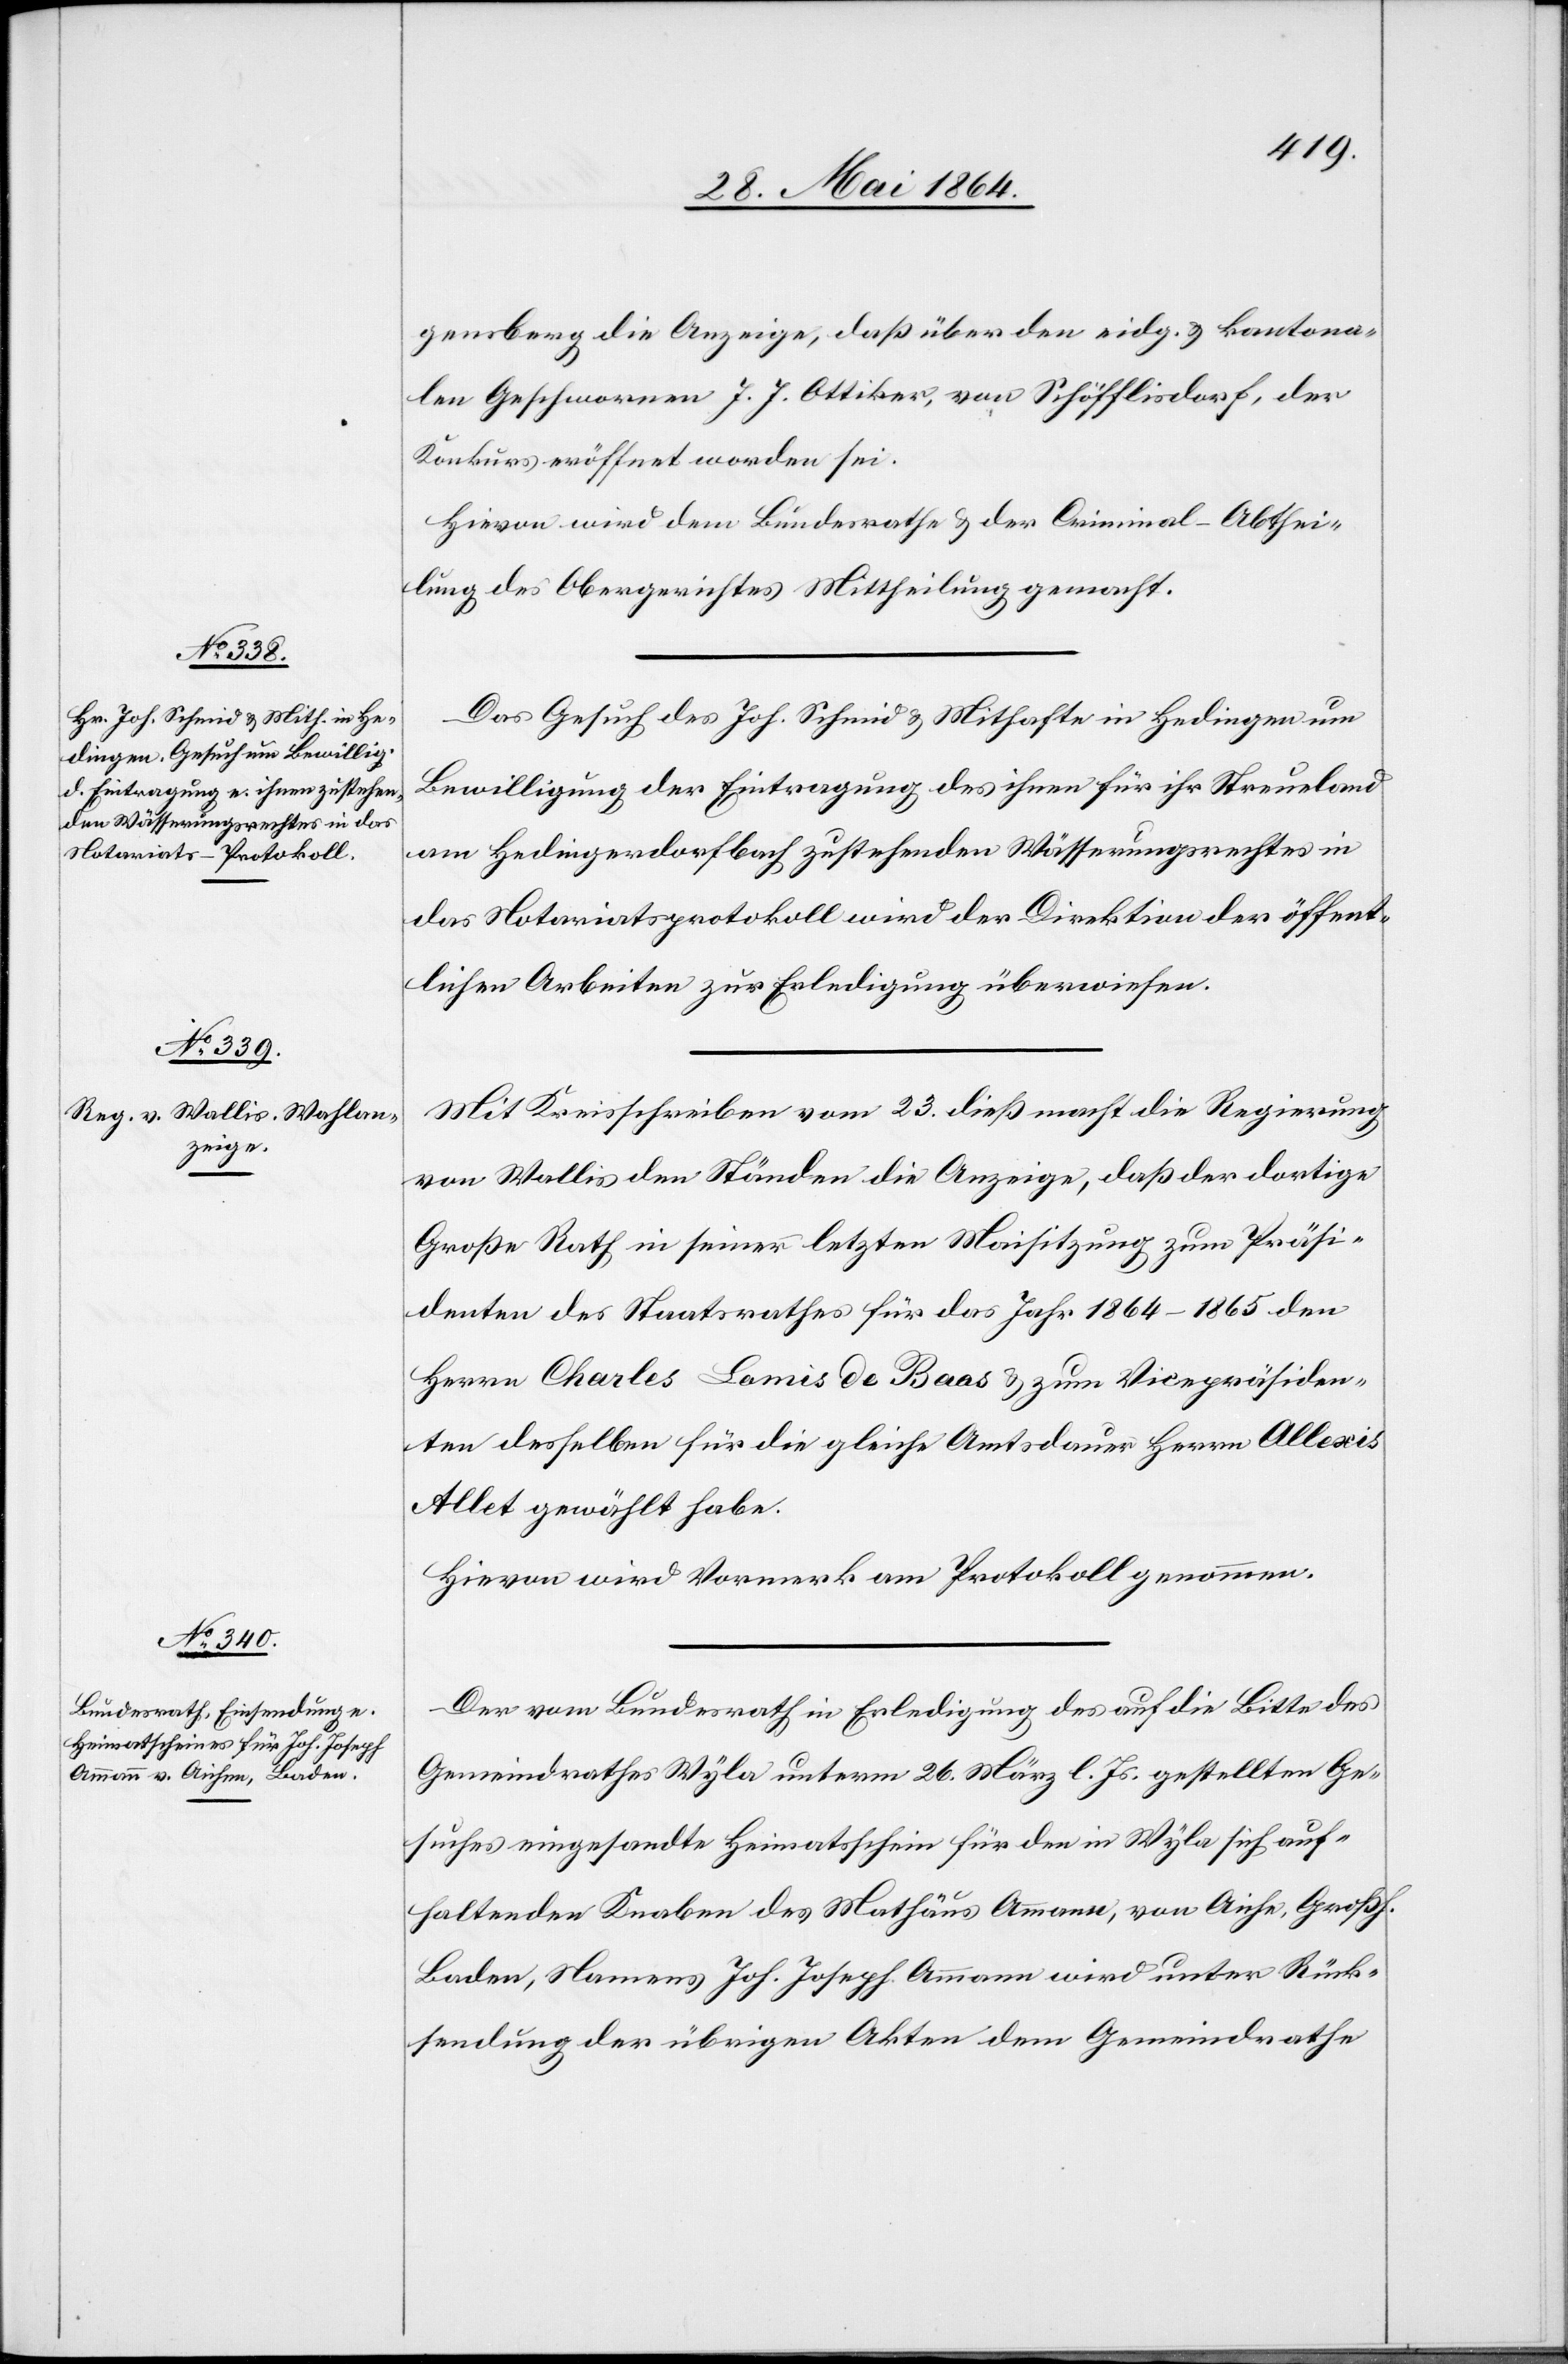
gensberg die Anzeige, daß über den eidg. u. kantona¬
len Geschwornen J. J. Ottiker, von Schöfflisdorf, der
Konkurs eröffnet worden sei.
Hievon wird dem Bundesrathe u. der Criminal-Abthei¬
lung des Obergerichtes Mittheilung gemacht.
Das Gesuch des Joh. Schmid u. Mithafte in Hedingen um
Bewilligung der Eintragung des ihnen für ihr Streueland
am Hedingerdorfbach zustehenden Wässerungsrechtes in
das Notariatsprotokoll wird der Direktion der öffent¬
lichen Arbeiten zur Erledigung überwiesen.
Mit Kreisschreiben vom 23. dieß macht die Regierung
von Wallis den Ständen die Anzeige, daß der dortige
Große Rath in seiner letzten Maisitzung zum Präsi¬
denten des Staatsrathes für das Jahr 1864–1865 den
Herrn Charles Lamis de Baas u. zum Vicepräsiden¬
ten desselben für die gleiche Amtsdauer Herrn Allexis
Allet gewählt habe.
Hievon wird Vormerk am Protokoll genommen.
Der vom Bundesrath in Erledigung des auf die Bitte des
Gemeindrathes Wyla unterm 26. März l. Js. gestellten Ge¬
suches eingesandte Heimatschein für den in Wyla sich auf¬
haltenden Knaben des Mathäus Ammann, von Aiche, Großh.
Baden, Namens Joh. Joseph Ammann wird unter Rück¬
sendung der übrigen Akten dem Gemeindrathe